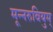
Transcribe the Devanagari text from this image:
मून्नरुवियुम्